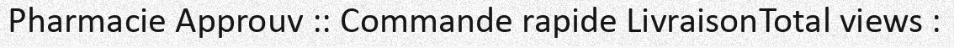
Pharmacie Approuv :: Commande rapide LivraisonTotal views :